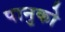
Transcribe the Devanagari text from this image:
पानुको